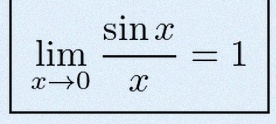
\lim_{x\to0}\frac{\sin x}{x}=1